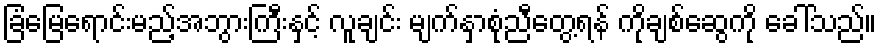
ခြံမြေရောင်းမည့်အဘွားကြီးနှင့် လူချင်း မျက်နှာစုံညီတွေ့ရန် ကိုချစ်ဆွေကို ခေါ်သည်။